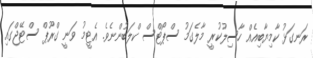
ރަނގަޅު ކާމިޔާބިއެއް ހާސިލުކުރީ މާލެގަމު ސްޕޯޓްސް ކްލަބުންނެވެ. އެޓީމު ވަނީ ގްރޫޕް ސްޓޭޖްގައި